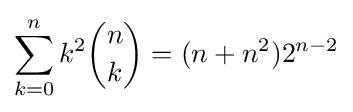
\sum _{k=0}^{n}k^{2}{\binom {n}{k}}=(n+n^{2})2^{n-2}